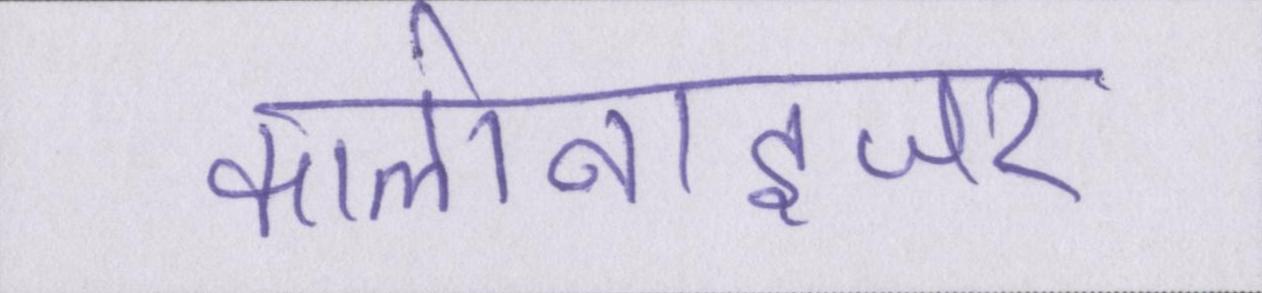
कालोनाइजर